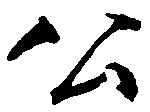
公